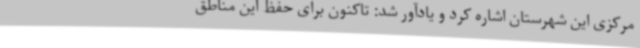
مرکزی این شهرستان اشاره کرد و یادآور شد: تاکنون برای حفظ این مناطق